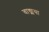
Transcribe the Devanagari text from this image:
वाङ्मया